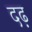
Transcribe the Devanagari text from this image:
दढ़